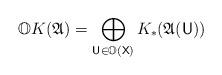
LaTeX: \begin{align*} \mathbb OK(\mathfrak A) = \bigoplus_{\mathsf U\in \mathbb O(\mathsf X)} K_\ast(\mathfrak A(\mathsf U)) \end{align*}